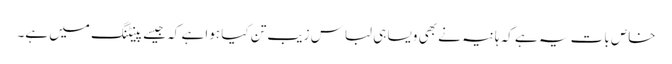
خاص بات یہ ہے کہ ہانیہ نے بھی ویسا ہی لباس زیب تن کیا ہوا ہے کہ جیسے پینٹنگ میں ہے۔